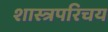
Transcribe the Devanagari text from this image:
शास्त्रपरिचय